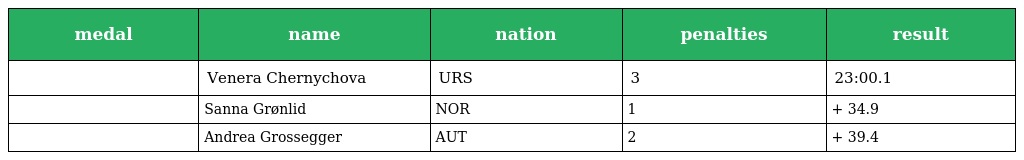
| medal | name | nation | penalties | result |
 | --- | --- | --- | --- | --- |
 |  | Venera Chernychova | URS | 3 | 23:00.1 |
 |  | Sanna Grønlid | NOR | 1 | + 34.9 |
 |  | Andrea Grossegger | AUT | 2 | + 39.4 |